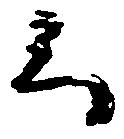
云